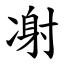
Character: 㓔